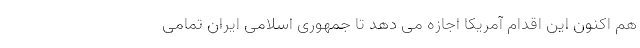
هم اکنون این اقدام آمریکا اجازه می دهد تا جمهوری اسلامی ایران تمامی